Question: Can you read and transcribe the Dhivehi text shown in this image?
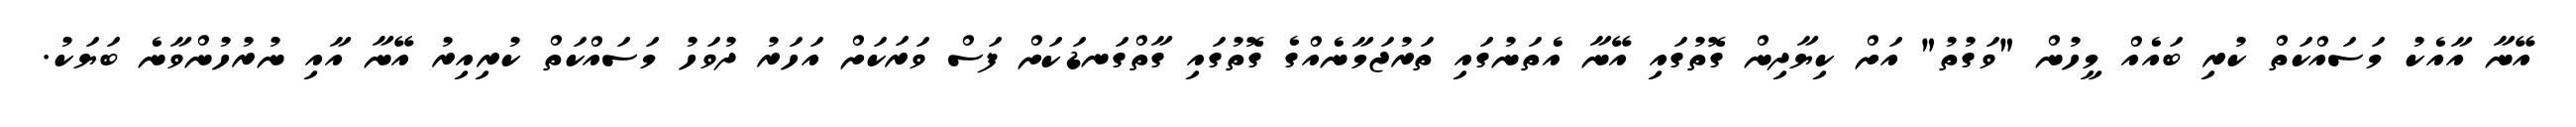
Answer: އޭނާ އާއެކު މަސައްކަތް ކުރި ބައެއް މީހުން "ވަގުތު" އަށް ކިޔާދިން ގޮތުގައި އޭނާ އެތަނުގައި ތަރުޖަމާނެއްގެ ގޮތުގައި ގާތްގަނޑަކަށް ފަސް ވަރަކަށް އަހަރު ދުވަހު މަސައްކަތް ކުރިއިރު އޭނާ އާއި ނުރުހުންވާނެ ބަޔަކު.